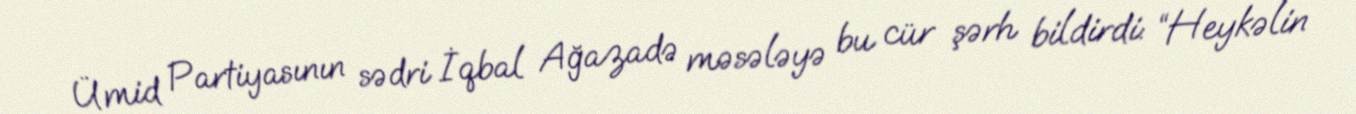
Ümid Partiyasının sədri İqbal Ağazadə məsələyə bu cür şərh bildirdi: “Heykəlin